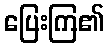
ပြေးကြ၏